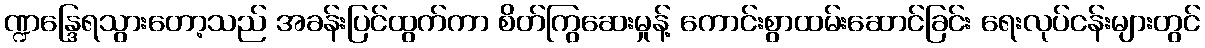
ဏ္ဍန္ဒြေရသွားတော့သည် အခန်းပြင်ထွက်ကာ စိတ်ကြွဆေးမှုန့် ကောင်းစွာထမ်းဆောင်ခြင်း ရေးလုပ်ငန်းများတွင်